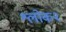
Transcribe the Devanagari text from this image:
श्लोक२